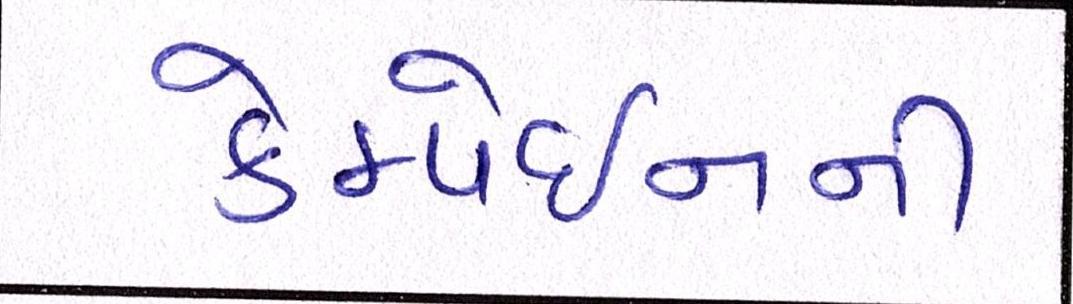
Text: કેમ્પેઇનની